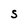
Character: S